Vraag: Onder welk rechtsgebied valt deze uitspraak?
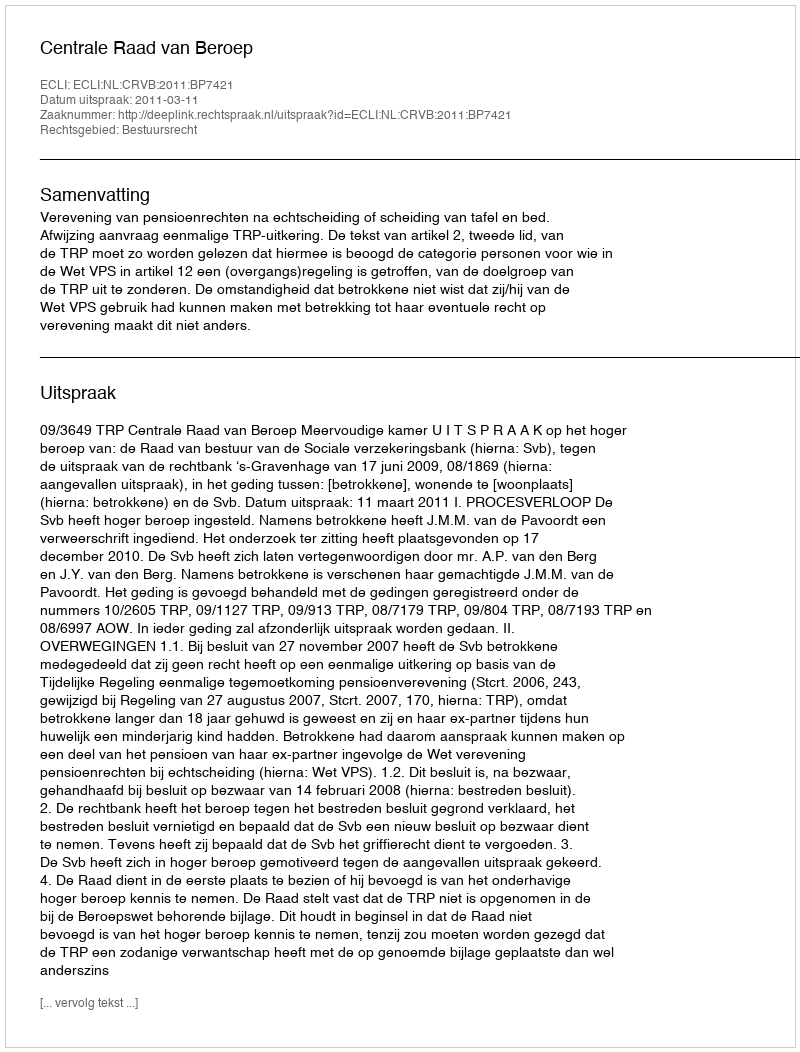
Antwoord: Bestuursrecht